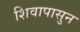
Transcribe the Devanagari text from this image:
शिवापासुन